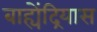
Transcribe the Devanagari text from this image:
बाह्येंद्रियास